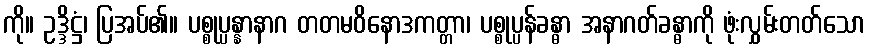
ကို။ ဥဒ္ဒိဋ္ဌံ၊ ပြအပ်၏။ ပစ္စုပ္ပန္နာနာဂ တတမဝိနောဒကတ္တာ၊ ပစ္စုပ္ပန်ခန္ဓာ အနာဂတ်ခန္ဓာကို ဖုံးလွှမ်းတတ်သော